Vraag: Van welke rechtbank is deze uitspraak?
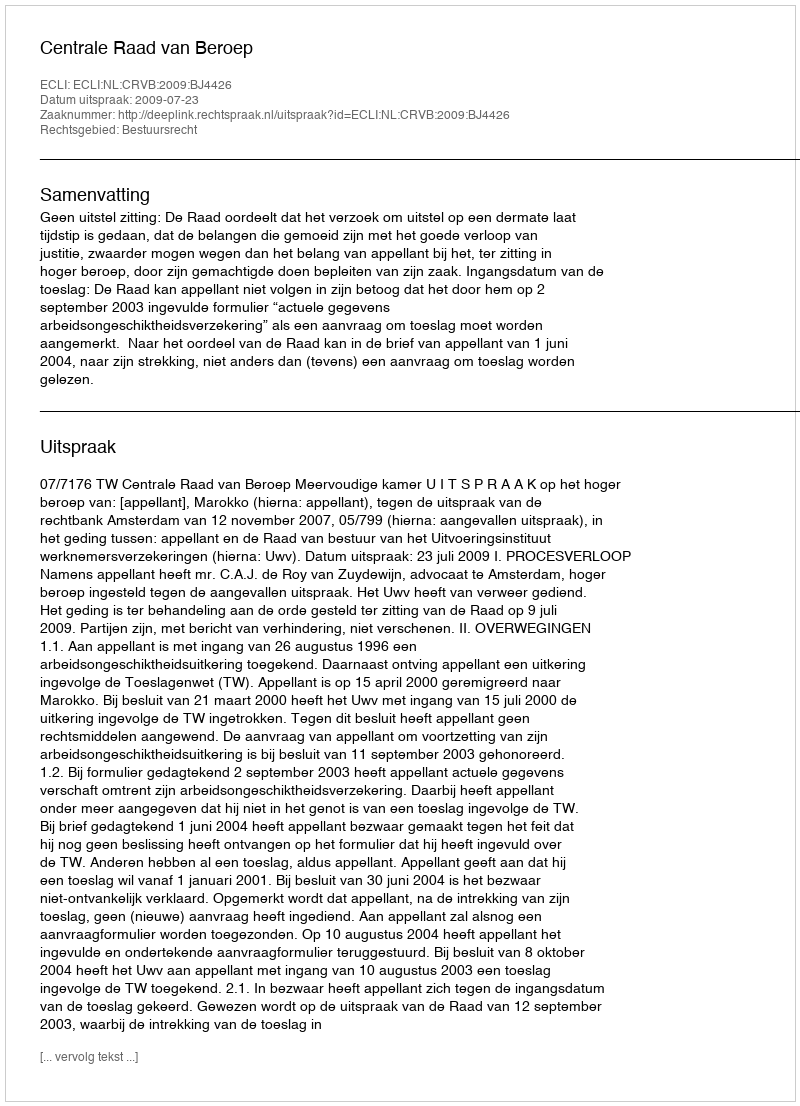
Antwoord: Centrale Raad van Beroep